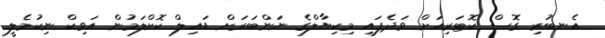
އެނބުރި ގޮސް ކޮޓަރިއަށް ވަދެފައި މިކިޔާލްގެ ނަންބަރަށް ޑައިލް ކޮށްލަމުން އަވިކް ނިކުމެލީ